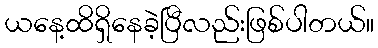
ယနေ့ထိရှိနေခဲ့ပြီလည်းဖြစ်ပါတယ်။